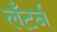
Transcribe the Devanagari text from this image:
लँटर्न